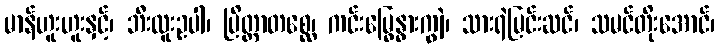
မာန်ဟူးဟူးနှင့်၊ ဘီးလူးဥပါ၊ ပြိတ္တာတစ္ဆေ၊ ကင်းမြွေနွားကျွဲ၊ သားရဲမြင်းဆင်၊ သမင်တိုးအောင်၊